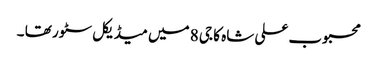
محبوب علی شاہ کا جی 8 میں میڈیکل سٹور تھا ۔